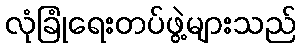
လုံခြုံရေးတပ်ဖွဲ့များသည်